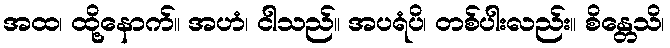
အထ၊ ထို့နောက်။ အဟံ၊ ငါသည်။ အပရံပိ၊ တစ်ပါးလည်း။ စိန္တေသိ၊